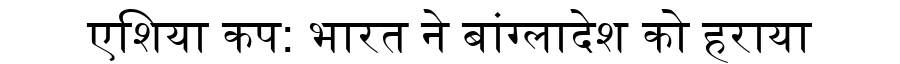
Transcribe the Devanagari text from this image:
एशिया कप: भारत ने बांग्लादेश को हराया